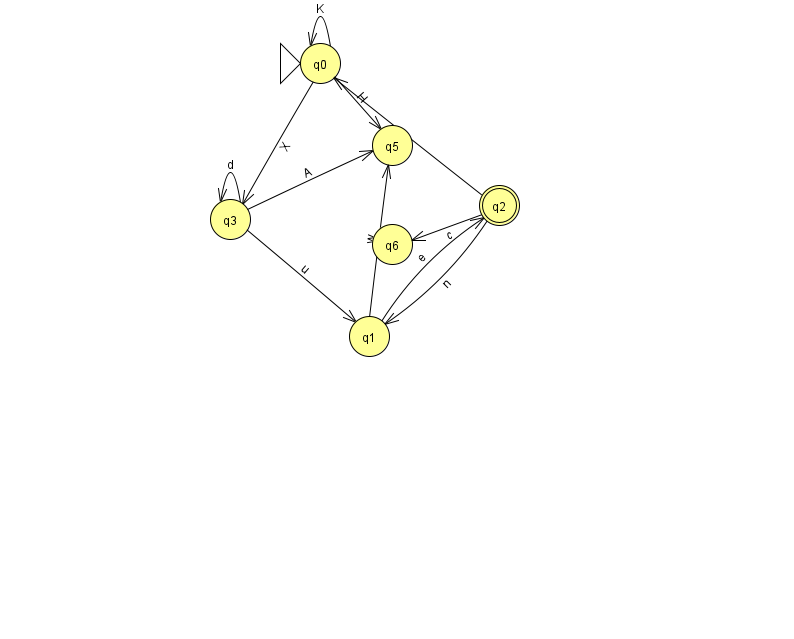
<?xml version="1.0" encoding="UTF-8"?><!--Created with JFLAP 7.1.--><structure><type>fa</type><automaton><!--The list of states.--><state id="0" name="q0"><x>320.0</x><y>50.0</y><initial/></state><state id="1" name="q1"><x>369.0</x><y>323.0</y></state><state id="2" name="q2"><x>499.0</x><y>192.0</y><final/></state><state id="3" name="q3"><x>230.0</x><y>206.0</y></state><state id="5" name="q5"><x>392.0</x><y>132.0</y></state><state id="6" name="q6"><x>392.0</x><y>231.0</y></state><!--The list of transitions.--><transition><from>0</from><to>3</to><read>X</read></transition><transition><from>1</from><to>2</to><read>e</read></transition><transition><from>1</from><to>5</to><read>w</read></transition><transition><from>3</from><to>3</to><read>d</read></transition><transition><from>2</from><to>1</to><read>n</read></transition><transition><from>2</from><to>6</to><read>c</read></transition><transition><from>2</from><to>0</to><read>h</read></transition><transition><from>0</from><to>0</to><read>K</read></transition><transition><from>0</from><to>5</to><read>H</read></transition><transition><from>3</from><to>1</to><read>u</read></transition><transition><from>3</from><to>5</to><read>A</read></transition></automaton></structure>